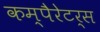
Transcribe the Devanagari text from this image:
कम्पैरेटर्स